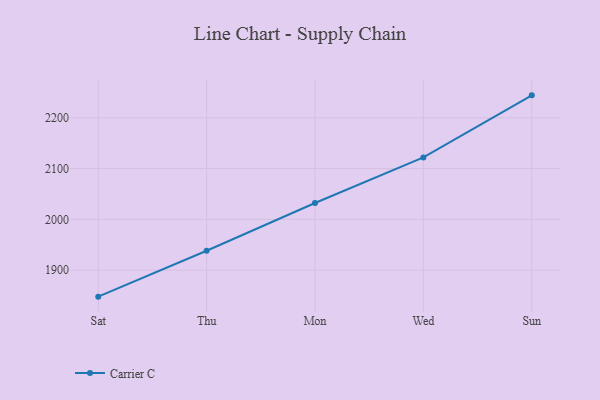
{"axis": {"x": "Day", "y": "Gross Profit (USD K)"}, "legend": ["Carrier C"], "data": [{"x": "Sat", "y": 1848.0, "type": "Carrier C"}, {"x": "Thu", "y": 1938.4, "type": "Carrier C"}, {"x": "Mon", "y": 2032.3, "type": "Carrier C"}, {"x": "Wed", "y": 2122.0, "type": "Carrier C"}, {"x": "Sun", "y": 2244.1, "type": "Carrier C"}]}